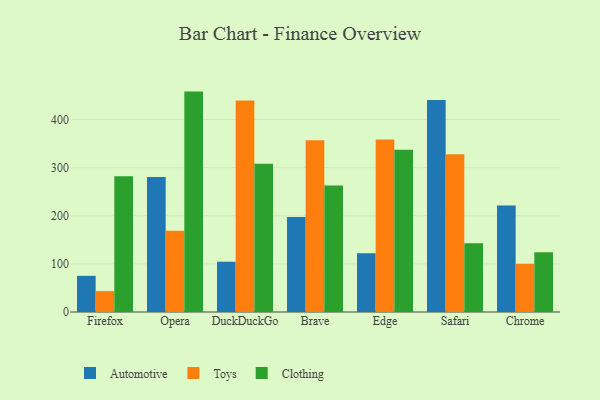
{"axis": {"x": "Browser", "y": "Demand Index"}, "legend": ["Automotive", "Clothing", "Toys"], "data": [{"x": "Firefox", "y": 75.1, "type": "Automotive"}, {"x": "Firefox", "y": 43.5, "type": "Toys"}, {"x": "Firefox", "y": 282.3, "type": "Clothing"}, {"x": "Opera", "y": 280.3, "type": "Automotive"}, {"x": "Opera", "y": 169.0, "type": "Toys"}, {"x": "Opera", "y": 458.0, "type": "Clothing"}, {"x": "DuckDuckGo", "y": 104.5, "type": "Automotive"}, {"x": "DuckDuckGo", "y": 439.7, "type": "Toys"}, {"x": "DuckDuckGo", "y": 308.2, "type": "Clothing"}, {"x": "Brave", "y": 197.6, "type": "Automotive"}, {"x": "Brave", "y": 357.0, "type": "Toys"}, {"x": "Brave", "y": 263.0, "type": "Clothing"}, {"x": "Edge", "y": 122.2, "type": "Automotive"}, {"x": "Edge", "y": 358.3, "type": "Toys"}, {"x": "Edge", "y": 337.0, "type": "Clothing"}, {"x": "Safari", "y": 440.4, "type": "Automotive"}, {"x": "Safari", "y": 327.9, "type": "Toys"}, {"x": "Safari", "y": 142.9, "type": "Clothing"}, {"x": "Chrome", "y": 221.2, "type": "Automotive"}, {"x": "Chrome", "y": 100.1, "type": "Toys"}, {"x": "Chrome", "y": 124.0, "type": "Clothing"}]}